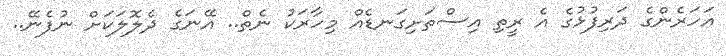
އަހަރެންގެ ދަރިފުޅުގެ އެ ރީތި އިސްތަށިގަނޑެއް މިހާރަކު ނެތް.. އޭނަގެ ދެލޮލަކަށް ނުފެނޭ..